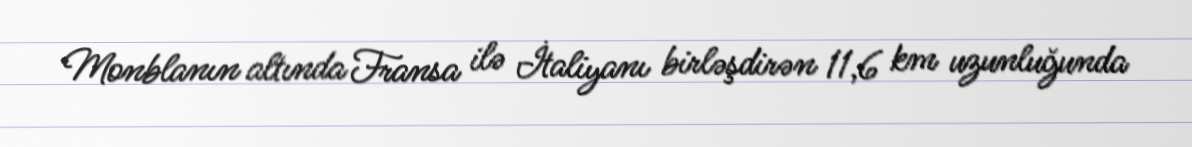
Monblanın altında Fransa ilə İtaliyanı birləşdirən 11,6 km uzunluğunda